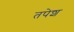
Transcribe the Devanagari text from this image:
तपेश